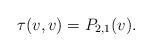
LaTeX: \begin{align*} \tau(v,v)=P_{2,1}(v).\end{align*}